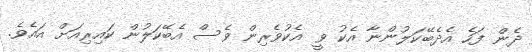
ދެން ފަހެ އެދެބޭކަލުންނާ އެކު ވީ އެކުވެރިން ވެސް އެބޭކަލުން ކައިރިއަށް އައެވެ.